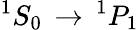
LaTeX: ^{1}S_{0}\, \rightarrow\, ^{1}P_{1}